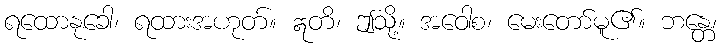
ရထောနုခေါ၊ ရထားအဟုတ်။ ဣတိ၊ ဤသို့။ အဝေါစ၊ မေးတော်မူ၏။ ဘန္တေ၊